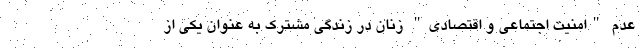
عدم "امنیت اجتماعی و اقتصادی" زنان در زندگی مشترک به عنوان یکی از